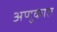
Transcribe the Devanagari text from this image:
अणुकात